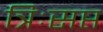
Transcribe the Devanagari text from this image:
त्रिःसप्त